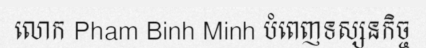
លោក Pham Binh Minh បំពេញទស្សនកិច្ច